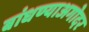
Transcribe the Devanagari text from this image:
बांधण्याअगोदर